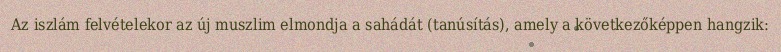
Az iszlám felvételekor az új muszlim elmondja a sahádát (tanúsítás), amely a következőképpen hangzik: